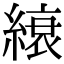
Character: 縗